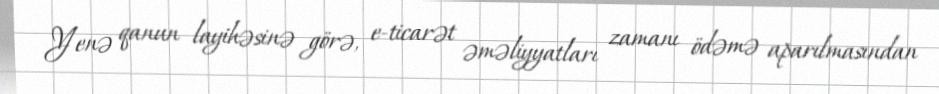
Yenə qanun layihəsinə görə, e-ticarət əməliyyatları zamanı ödəmə aparılmasından